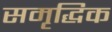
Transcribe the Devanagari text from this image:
समृद्धिक